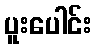
ပူးပေါင်း